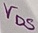
Text: VDS